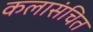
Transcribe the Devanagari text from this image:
कलासंचित